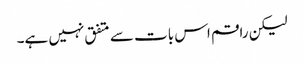
لیکن راقم اس بات سے متفق نہیں ہے۔